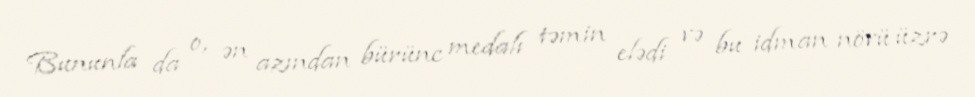
Bununla da o, ən azından bürünc medalı təmin elədi və bu idman növü üzrə